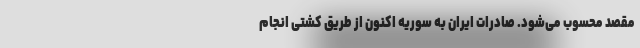
مقصد محسوب می‌شود. صادرات ایران به سوریه اکنون از طریق کشتی انجام